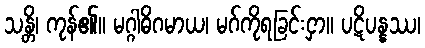
သန္တိ၊ ကုန်၏။ မဂ္ဂါဓိဂမာယ၊ မဂ်ကိုရခြင်းငှာ။ ပဋိပန္နဿ၊